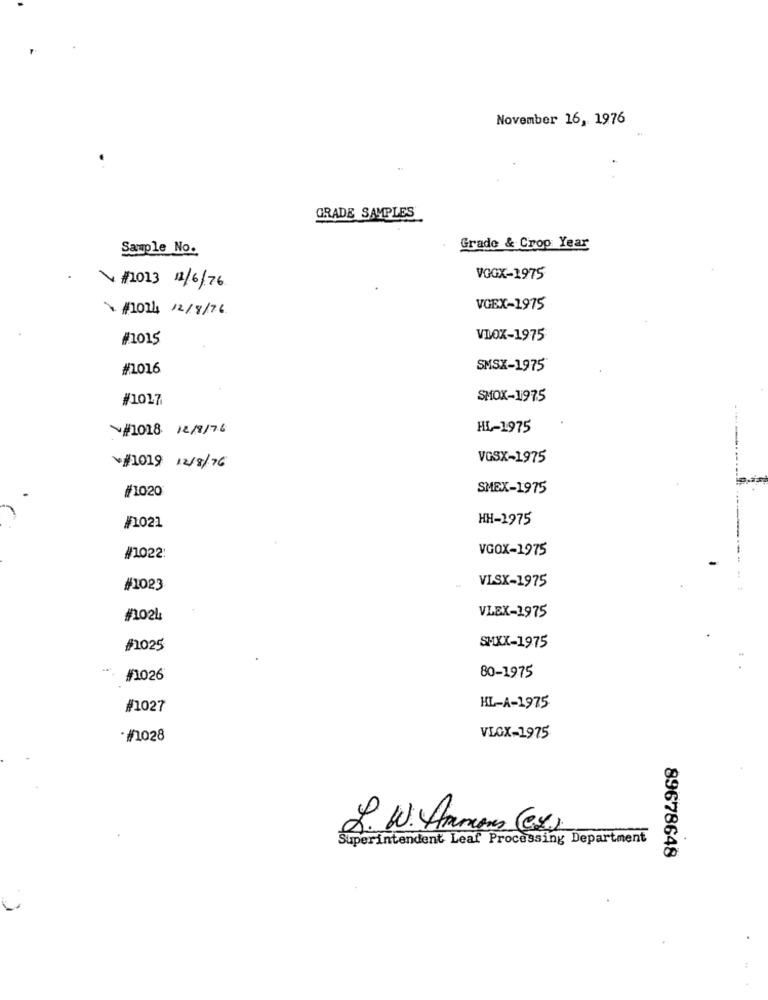
November 16, 1976
GRADE SAMPLES
Sample No.
Grade & Croo Year
VGGX-1975
1/2013 12/6/76
#1014 12/8/76
VGEX-1975
#1015
VIOX-1975
#1016
SMSX-1975
#1017
SMOX-1975
V#1018 12/9/76
HL-1975
VGSX-1975
w/1019 12/8/76
#1020
SMEX-1975
HH-1975
/1021
VGOX-1975
#1022:
-
#1023
VLSX-1975
#1024
VLEX-1975
#1025
SHXX-1975
#1026
80-1975
#1027
HL-A-1975
-#1028
VLOX-1975
2. W. Ammans (ex)
Superintendent Leaf Processing Department
89678648